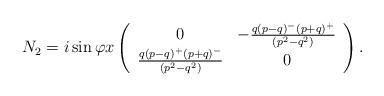
LaTeX: \begin{align*}N_{2} = i \sin \varphi x \left( \begin{array}{cc}0 &- \frac{q (p - q)^{-} (p + q)^{+}}{(p^2 - q^2)} \\ \frac{q (p - q)^{+} (p + q)^{-}}{(p^2 - q^2)} &0\end{array}\right).\end{align*}